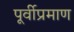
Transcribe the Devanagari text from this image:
पूर्वीप्रमाण